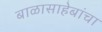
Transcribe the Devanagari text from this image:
बाळासाहेबांचा